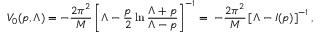
V _ { 0 } ( p , \Lambda ) = - { \frac { 2 \pi ^ { 2 } } { M } } \left[ \Lambda - { \frac { p } { 2 } } \ln { \frac { \Lambda + p } { \Lambda - p } } \right] ^ { - 1 } = \; - { \frac { 2 \pi ^ { 2 } } { M } } \left[ \Lambda - I ( p ) \right] ^ { - 1 } ,